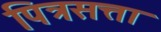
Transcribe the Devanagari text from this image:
पित्रसत्ता